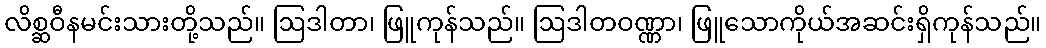
လိစ္ဆဝီနမင်းသားတို့သည်။ ဩဒါတာ၊ ဖြူကုန်သည်။ ဩဒါတဝဏ္ဏာ၊ ဖြူသောကိုယ်အဆင်းရှိကုန်သည်။